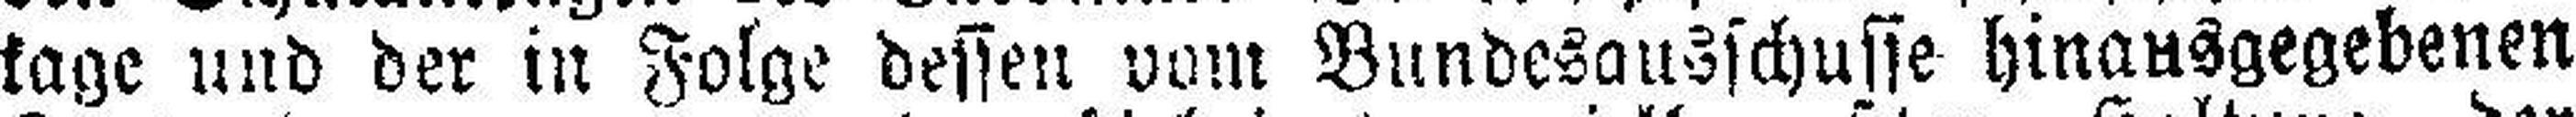
tage und der in Folge dessen vom Bundesausschusse hinausgegebenen